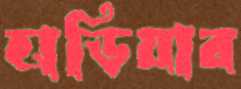
হাড়িয়ার